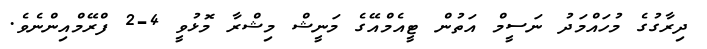
ދިރާގުގެ މުހައްމަދު ނަސީމް އަތުން ޓީއެމްއޭގެ މަނީޝް މިޝްރާ މޮޅުވީ 4-2 ފްރޭމްއިންނެވެ.